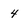
Character: 4